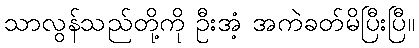
သာလွန်သည်တို့ကို ဦးအံ့ အကဲခတ်မိပြီးပြီ။